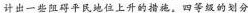
计出一些阻碍平民地位上升的措施。四等级的划分